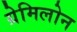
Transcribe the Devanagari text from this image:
ग्रेमिलोन